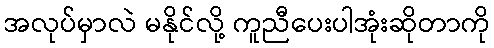
အလုပ်မှာလဲ မနိုင်လို့ ကူညီပေးပါအုံးဆိုတာကို